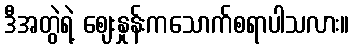
ဒီအတွဲရဲ့ ဈေးနှုန်းကသောက်စရာပါသလား။